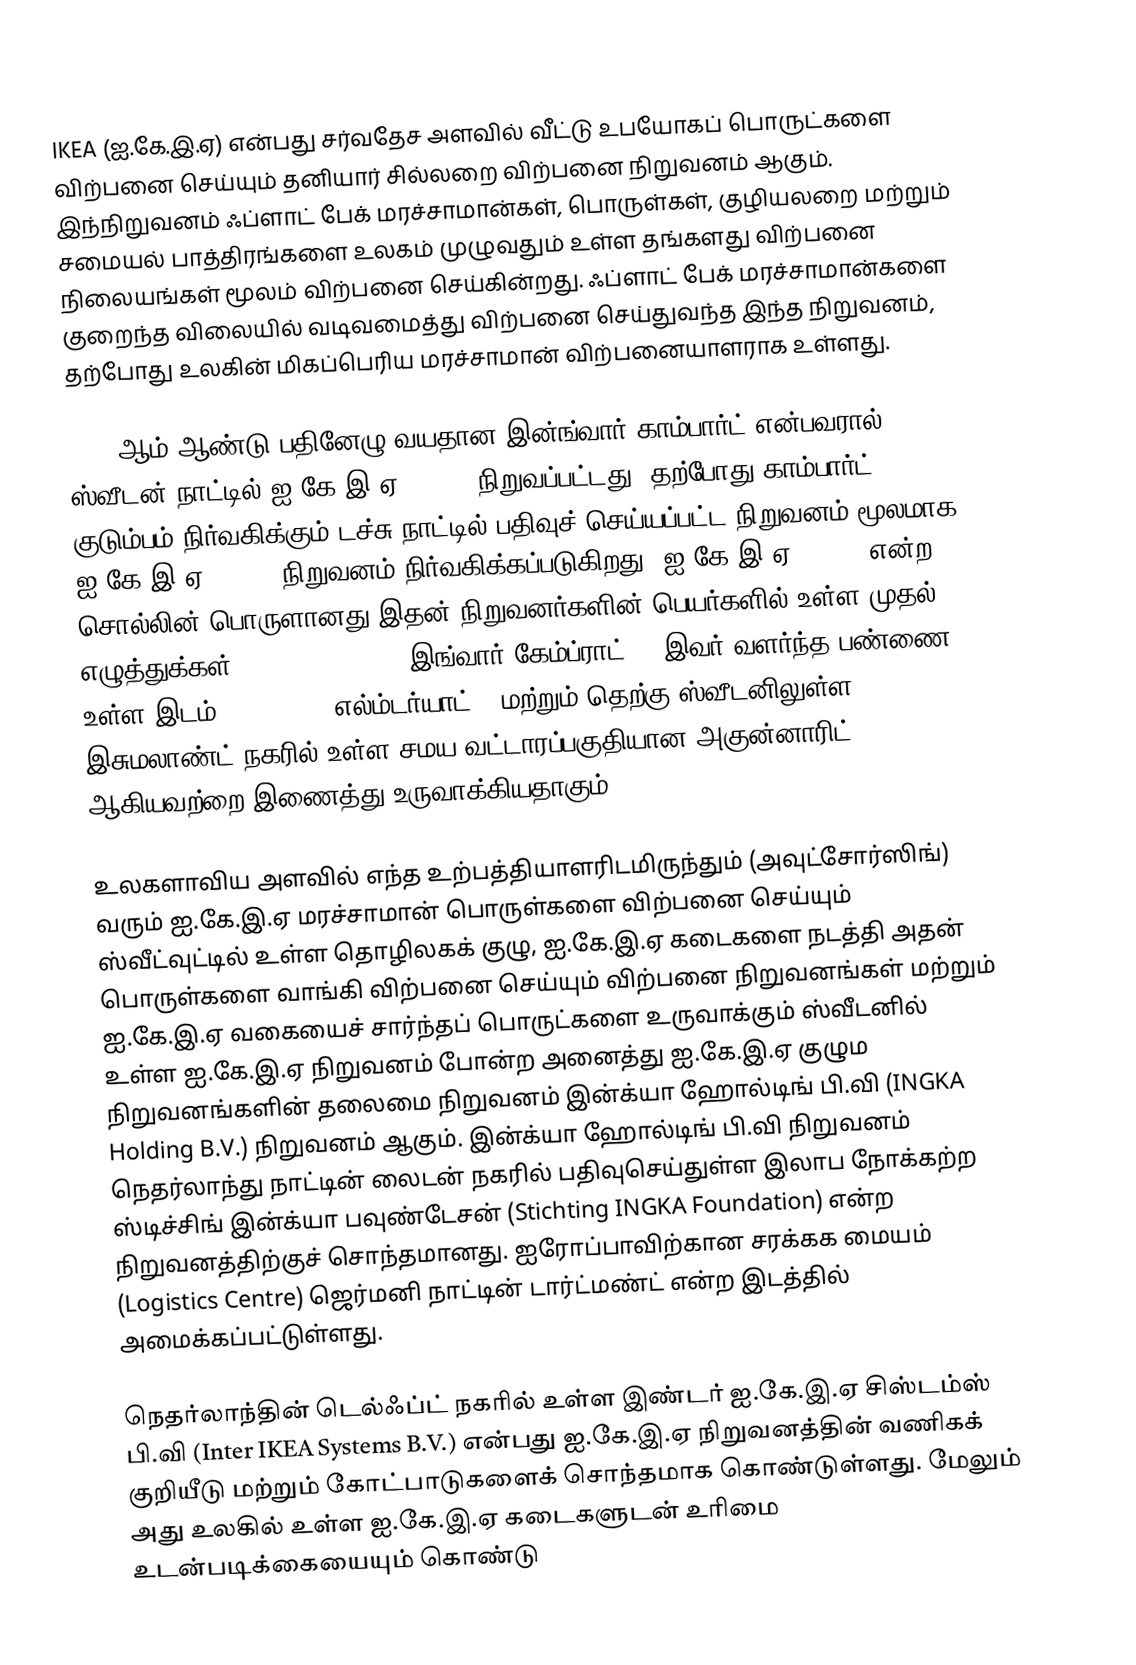
IKEA (ஐ.கே.இ.ஏ) என்பது சர்வதேச அளவில் வீட்டு உபயோகப் பொருட்களை விற்பனை செய்யும் தனியார் சில்லறை விற்பனை நிறுவனம் ஆகும். இந்நிறுவனம் ஃப்ளாட் பேக் மரச்சாமான்கள், பொருள்கள், குழியலறை மற்றும் சமையல் பாத்திரங்களை உலகம் முழுவதும் உள்ள தங்களது விற்பனை நிலையங்கள் மூலம் விற்பனை செய்கின்றது. ஃப்ளாட் பேக் மரச்சாமான்களை குறைந்த விலையில் வடிவமைத்து விற்பனை செய்துவந்த இந்த நிறுவனம், தற்போது உலகின் மிகப்பெரிய மரச்சாமான் விற்பனையாளராக உள்ளது.

1943 ஆம் ஆண்டு பதினேழு வயதான இன்ங்வார் காம்பார்ட் என்பவரால் ஸ்வீடன் நாட்டில் ஐ.கே.இ.ஏ (IKEA) நிறுவப்பட்டது. தற்போது காம்பார்ட் குடும்பம் நிர்வகிக்கும் டச்சு நாட்டில் பதிவுச் செய்யப்பட்ட நிறுவனம் மூலமாக ஐ.கே.இ.ஏ (IKEA) நிறுவனம் நிர்வகிக்கப்படுகிறது. ஐ.கே.இ.ஏ (IKEA) என்ற சொல்லின் பொருளானது இதன் நிறுவனர்களின் பெயர்களில் உள்ள முதல் எழுத்துக்கள் (Ingvar Kamprad (இங்வார் கேம்ப்ராட்)), இவர் வளர்ந்த பண்ணை உள்ள இடம் (Elmtaryd (எல்ம்டர்யாட்)) மற்றும் தெற்கு ஸ்வீடனிலுள்ள இசுமலாண்ட் நகரில் உள்ள சமய வட்டாரப்பகுதியான அகுன்னாரிட் (Agunnaryd)  ஆகியவற்றை இணைத்து உருவாக்கியதாகும்.

உலகளாவிய அளவில் எந்த உற்பத்தியாளரிடமிருந்தும் (அவுட்சோர்ஸிங்) வரும் ஐ.கே.இ.ஏ மரச்சாமான் பொருள்களை விற்பனை செய்யும் ஸ்வீட்வுட்டில் உள்ள தொழிலகக் குழு, ஐ.கே.இ.ஏ கடைகளை நடத்தி அதன்  பொருள்களை வாங்கி விற்பனை செய்யும் விற்பனை நிறுவனங்கள் மற்றும்  ஐ.கே.இ.ஏ வகையைச் சார்ந்தப் பொருட்களை உருவாக்கும் ஸ்வீடனில் உள்ள ஐ.கே.இ.ஏ நிறுவனம் போன்ற அனைத்து ஐ.கே.இ.ஏ குழும நிறுவனங்களின் தலைமை நிறுவனம் இன்க்யா ஹோல்டிங் பி.வி (INGKA Holding B.V.) நிறுவனம் ஆகும். இன்க்யா ஹோல்டிங் பி.வி  நிறுவனம் நெதர்லாந்து நாட்டின் லைடன் நகரில் பதிவுசெய்துள்ள இலாப நோக்கற்ற ஸ்டிச்சிங் இன்க்யா பவுண்டேசன் (Stichting INGKA Foundation) என்ற நிறுவனத்திற்குச் சொந்தமானது. ஐரோப்பாவிற்கான சரக்கக மையம் (Logistics Centre) ஜெர்மனி நாட்டின் டார்ட்மண்ட் என்ற இடத்தில் அமைக்கப்பட்டுள்ளது.

நெதர்லாந்தின் டெல்ஃப்ட் நகரில் உள்ள இண்டர் ஐ.கே.இ.ஏ சிஸ்டம்ஸ் பி.வி (Inter IKEA Systems B.V.) என்பது ஐ.கே.இ.ஏ நிறுவனத்தின் வணிகக் குறியீடு மற்றும் கோட்பாடுகளைக் சொந்தமாக கொண்டுள்ளது. மேலும் அது உலகில் உள்ள ஐ.கே.இ.ஏ கடைகளுடன் உரிமை உடன்படிக்கையையும் கொண்டு